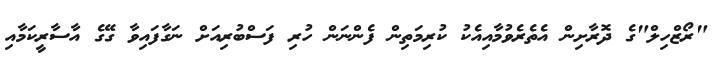
"ރޯޒްހިލް"ގެ ދޮރާށިން އެތެރެވުމާއިއެކު ކުރިމަތިން ފެންނަން ހުރި ފަސްބުރިއަށް ނަގާފައިވާ ގޭގެ އާސާރީކަމާއި